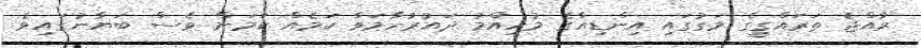
ރާއްޖެ ތަރައްގީގެ މަގުގައި އިންޑިއާގެ މުހިއްމު ދައުރުހާމަވާ ކަމެއް ކަމަށް ވެސް ބަޔާނުގައިވެ